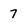
Character: 7